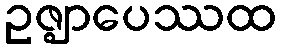
ဥဇ္ဈာပေဿထ